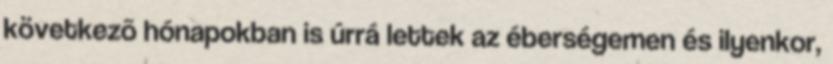
következõ hónapokban is úrrá lettek az éberségemen és ilyenkor,